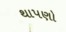
થાપણો